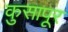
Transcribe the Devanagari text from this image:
कुसापूर